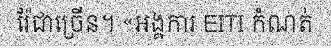
រ៉ែជាច្រើន។ «អង្គការ EITI កំណត់